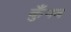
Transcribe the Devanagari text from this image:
कुँपव